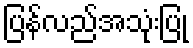
ပြန်လည်အသုံးပြု